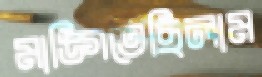
মাঙ্গিতেছিলাম